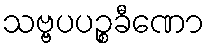
သဗ္ဗပပဉ္စခီဏော